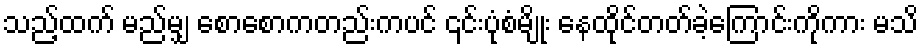
သည့်ထက် မည်မျှ စောစောကတည်းကပင် ၎င်းပုံစံမျိုး နေထိုင်တတ်ခဲ့ကြောင်းကိုကား မသိ